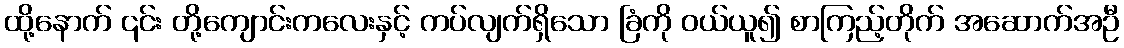
ထို့နောက် ၎င်း တို့ကျောင်းကလေးနှင့် ကပ်လျက်ရှိသော ခြံကို ဝယ်ယူ၍ စာကြည့်တိုက် အဆောက်အဦ